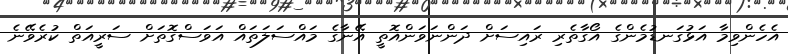
އެހެންވިމާ އަޅުގަނޑުމެންގެ އޯގާތެރި ރައިސަށް ދަންނަވަންއޮތީ އޭނާގެ މައްސަލަތައް އަވަސްގޮތަށް ސަރީއަތް ކުރެވޭނެ